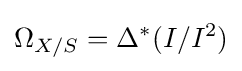
\Omega _{X/S}=\Delta ^{*}(I/I^{2})